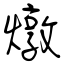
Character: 燉